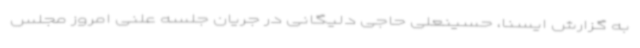
به گزارش ایسنا، حسینعلی حاجی دلیگانی در جریان جلسه علنی امروز مجلس